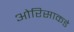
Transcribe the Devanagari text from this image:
ओरिसाकडे